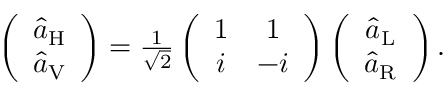
\begin{array} { r } { \left( \begin{array} { c } { \hat { a } _ { \mathrm { H } } } \\ { \hat { a } _ { \mathrm { V } } } \end{array} \right) = \frac { 1 } { \sqrt { 2 } } \left( \begin{array} { c c } { 1 } & { 1 } \\ { i } & { - i } \end{array} \right) \left( \begin{array} { c } { \hat { a } _ { \mathrm { L } } } \\ { \hat { a } _ { \mathrm { R } } } \end{array} \right) . } \end{array}